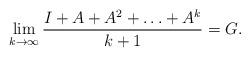
LaTeX: \begin{align*} \lim_{k \to \infty} \frac{I+A+A^2+\ldots+A^k}{k+1} = G. \end{align*}